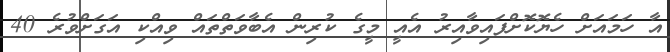
އާ ހަމައަށް ހެޔޮކޮށްފައިވާއިރު އެއީ މީގެ ކުރިން އެބާވަތްތައް ވިއްކި އަގަށްވުރެ 40